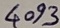
Text: 4093